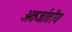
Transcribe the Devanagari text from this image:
अतर्जातीय